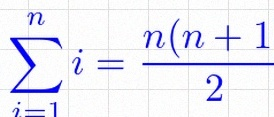
\sum_{i=1}^{n}i=\frac{n(n+1)}2